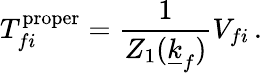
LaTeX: T_{fi}^{\mathrm{proper}}=\frac{1}{Z_{1}(\underline{{{k}}}_{f})}V_{fi}\, .